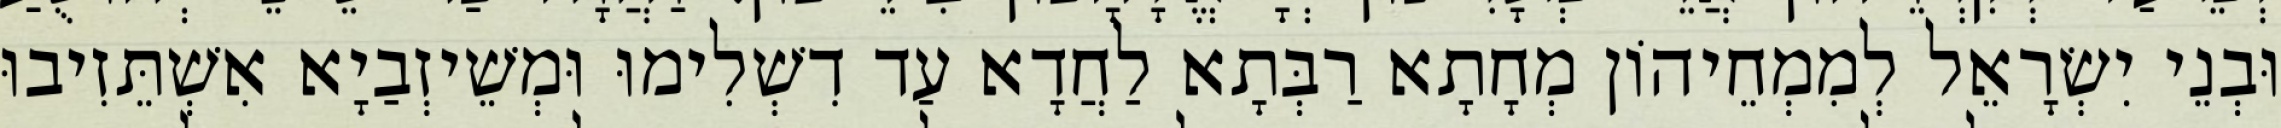
וּבְנֵי יִשְׂרָאֵל לְמִמְחֵיהוֹן מְחָתָא רַבְּתָא לַחֲדָא עַד דִשְׁלִימוּ וּמְשֵׁיזְבַיָא אִשְׁתֵּזִיבוּ